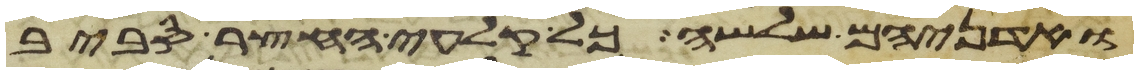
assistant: ואדניהם שלשה כל קלעי החצר סביב